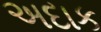
અદાક